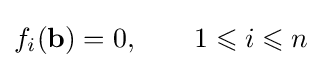
f_{i}(\mathbf {b} )=0,\qquad 1\leqslant i\leqslant n